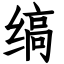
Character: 缟